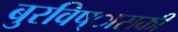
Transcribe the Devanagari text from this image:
बुरविष्ासकी